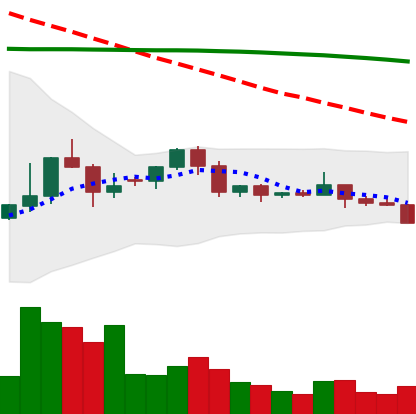
Ticker: ETC-USD
Chart end date: 2022-06-10
Forward return: -20.788%
Label: down_7plus